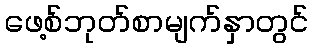
ဖေ့စ်ဘုတ်စာမျက်နှာတွင်